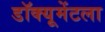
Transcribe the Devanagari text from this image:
डॉक्यूमेंटला